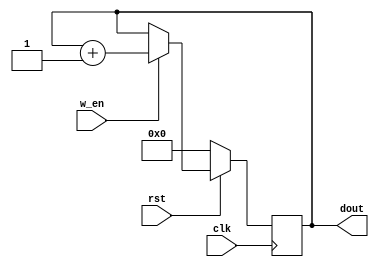
//////////////////////////////////////////////////////////////////////////////////
// Company: 
// Engineer: 
// 
// Design Name: 
// Module Name: accum_8bit
// Project Name: 
// Target Devices: 
// Tool Versions: 
// Description: 
// 
// Dependencies: 
// 
// Revision:
// Revision 0.01 - File Created
// Additional Comments:
// 
//////////////////////////////////////////////////////////////////////////////////


module accum_8bit(
    input w_en,
    input clk,
    input rst,
    output reg [7:0] dout
    );
    
    always@(negedge clk) begin
        if (!rst)
            dout <= 8'b0;
        else begin
            dout <= (w_en) ? dout + 1'b1 : dout;
        end
    end
    
endmodule